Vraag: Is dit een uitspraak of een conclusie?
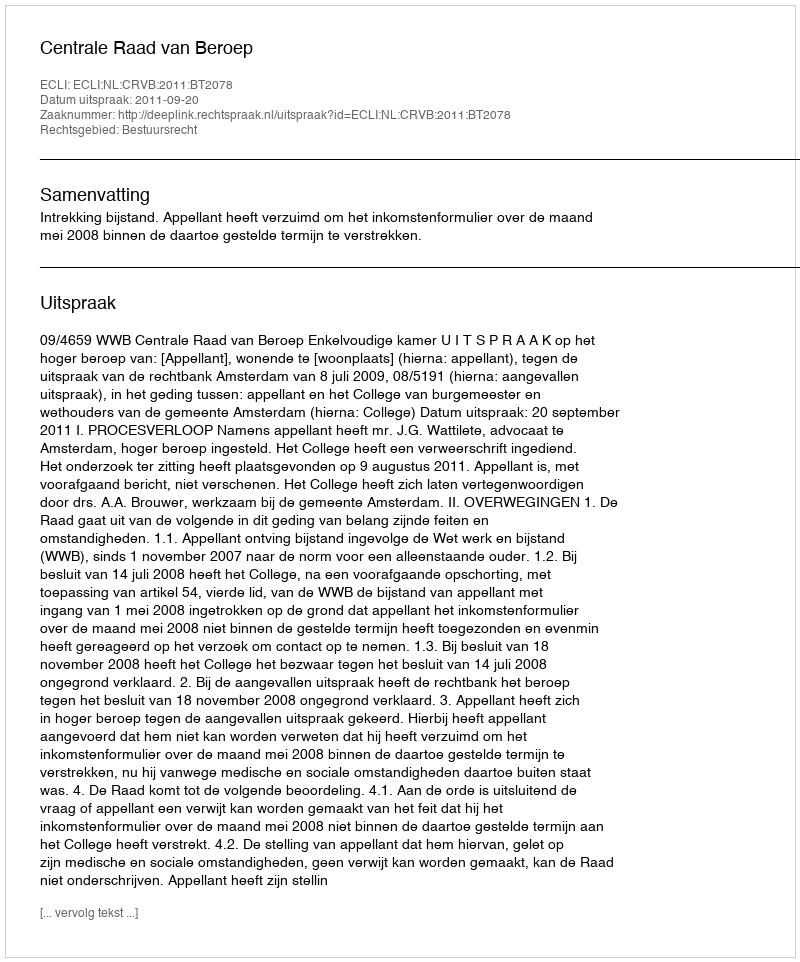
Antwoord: Uitspraak